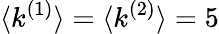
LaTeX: \langle k^{(1)}\rangle=\langle k^{(2)}\rangle=5